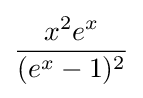
{\frac {x^{2}e^{x}}{(e^{x}-1)^{2}}}